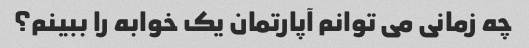
چه زمانی می توانم آپارتمان یک خوابه را ببینم؟